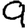
Digit: 9